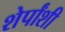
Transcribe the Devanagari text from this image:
शेर्पांशी